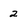
Character: 2